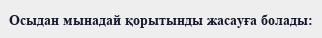
Осыдан мынадай қорытынды жасауға болады: